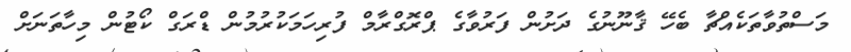
މަސްތުވާތަކެއްޗާ ބެހޭ ޤާނޫނުގެ ދަށުން ފަރުވާގެ ޕްރޮގްރާމް ފުރިހަމަކުރުމުން ޑްރަގް ކޯޓުން މިހާތަނަށް